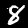
Digit: 8